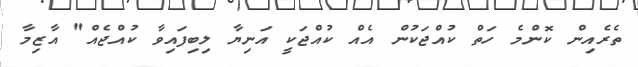
ތެރެއިން ކޮންމެ ހަތް ކުއްޖަކުން އެއް ކުއްޖަކީ އަނިޔާ ލިބިފައިވާ ކުއްޖެއް" އާޒިމާ